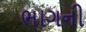
ભાગની